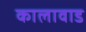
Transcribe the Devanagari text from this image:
कालावाड